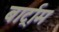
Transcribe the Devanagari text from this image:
बार्ट्राम